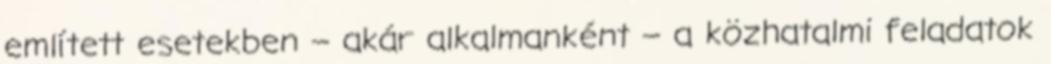
említett esetekben – akár alkalmanként – a közhatalmi feladatok